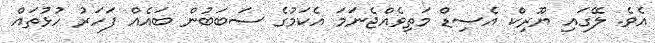
އެވެ. ލޭގައި ޔޫރިކް އެސިޑް މަތިވެއްޖެނަމަ އެކަމުގެ ސަބަބުން ބައެއް ފަހަރު ހުޅުތައް